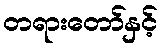
တရားတော်နှင့်